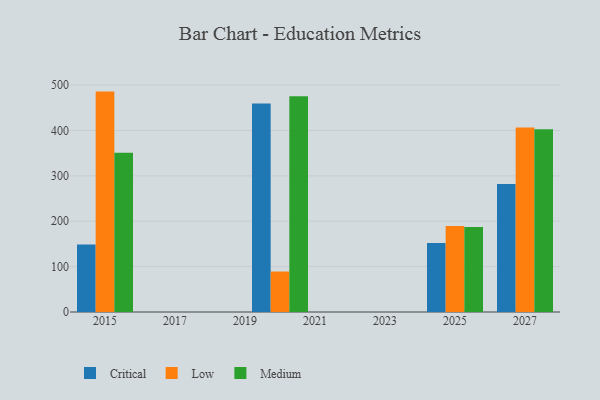
{"axis": {"x": "Year", "y": "Conversion Rate (%)"}, "legend": ["Critical", "Low", "Medium"], "data": [{"x": "2027", "y": 281.9, "type": "Critical"}, {"x": "2027", "y": 406.7, "type": "Low"}, {"x": "2027", "y": 402.7, "type": "Medium"}, {"x": "2015", "y": 149.0, "type": "Critical"}, {"x": "2015", "y": 485.7, "type": "Low"}, {"x": "2015", "y": 351.1, "type": "Medium"}, {"x": "2025", "y": 151.8, "type": "Critical"}, {"x": "2025", "y": 189.5, "type": "Low"}, {"x": "2025", "y": 187.4, "type": "Medium"}, {"x": "2020", "y": 459.4, "type": "Critical"}, {"x": "2020", "y": 89.2, "type": "Low"}, {"x": "2020", "y": 475.5, "type": "Medium"}]}